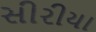
સીરીયા